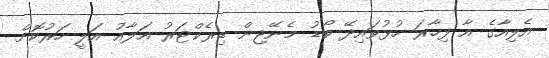
އެލިއާގެ އާ ފިހާރަ ހުޅުވައިދޭ ބޯޑު މެނޭޖިން ޑިރެކްޓަރު އަލާއު އަލީ ހަރުކޮށް